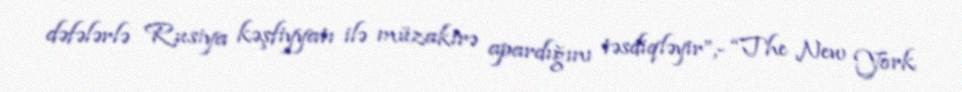
dəfələrlə Rusiya kəşfiyyatı ilə müzakirə apardığını təsdiqləyir”,- “The New York